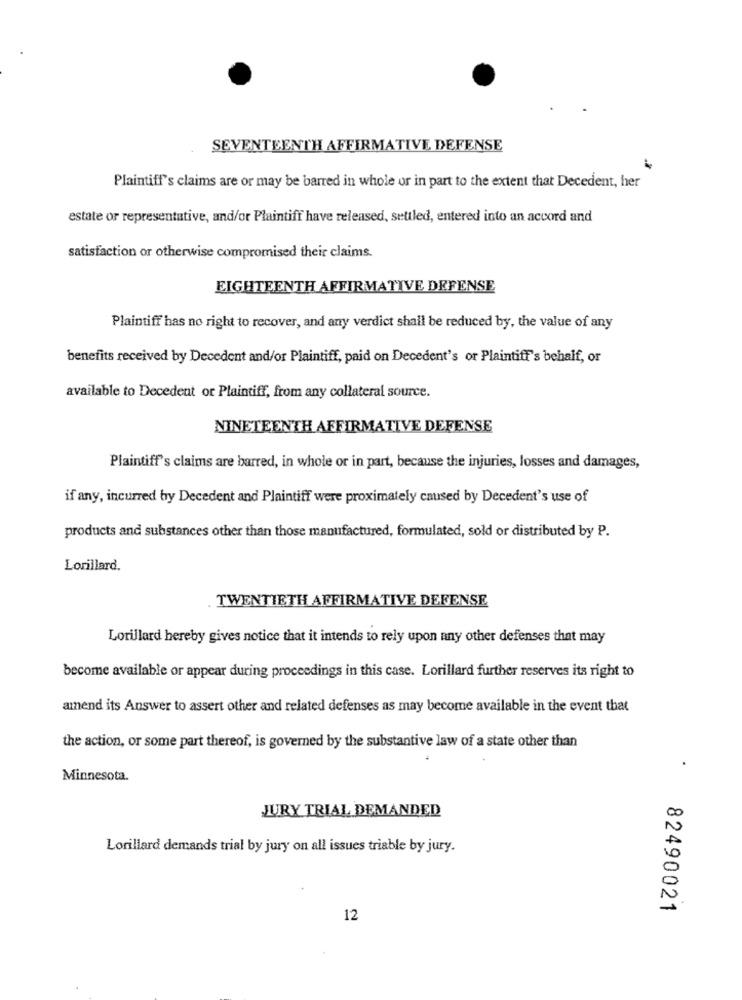
SEVENTEENTH AFFIRMATIVE DEFENSE
Plaintiff's claims are or may be barred in whole or in part to the extent that Decedent, her
estate or representative, and/or Plaintiff have released, settled, entered into an accord and
satisfaction or otherwise compromised their claims.
EIGHTEENTH AFFIRMATIVE DEFENSE
Plaintiff has no right to recover, and any verdict shall be reduced by, the value of any
benefits received by Decedent and/or Plaintiff, paid on Decedent's or Plaintiff's behalf, or
available to Decedent or Plaintiff, from any collateral source.
NINETEENTH AFFIRMATIVE DEFENSE
Plaintiff's claims are barred, in whole or in part, because the injuries, losses and damages,
if any, incurred by Decedent and Plaintiff were proximately caused by Decedent's use of
products and substances other than those manufactured, formulated, sold or distributed by P.
Lorillard.
TWENTIETH AFFIRMATIVE DEFENSE
Lorillard hereby gives notice that it intends to rely upon any other defenses that may
become available or appear during proceedings in this case. Lorillard further reserves its right to
amend its Answer to assert other and related defenses as may become available in the event that
the action, or some part thereof, is governed by the substantive law of a state other than
.
Minnesota.
JJURY TRIAL DEMANDED
Lorillard demands trial by jury on all issues triable by jury.
82490021
12